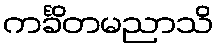
ကင်္ခိတမညာသိ